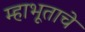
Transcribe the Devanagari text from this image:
म्हाभूताचे